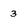
Character: 3